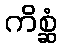
ကိစ္ဆံ